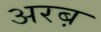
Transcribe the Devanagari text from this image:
अरब़